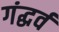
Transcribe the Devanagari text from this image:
गंद्धर्व